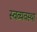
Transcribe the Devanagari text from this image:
स्वव्यवस्था